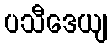
ပသီဒေယျ